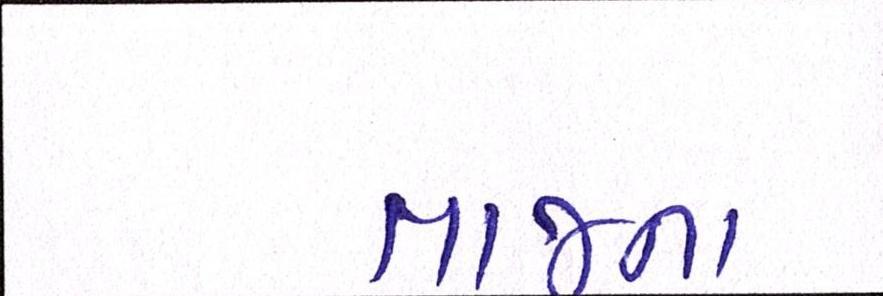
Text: તાજના